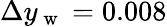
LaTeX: \Delta y_{\mathrm{~w~}}=0.008